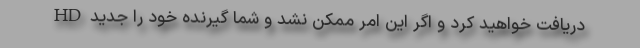
HD دریافت خواهید کرد و اگر این امر ممکن نشد و شما گیرنده خود را جدید